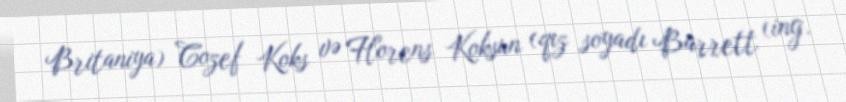
Britaniya) Cozef Koks və Florens Koksun (qız soyadı Barrett (ing.